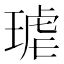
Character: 𭹦